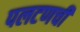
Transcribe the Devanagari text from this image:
पलटणची